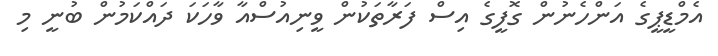
އެމްޑީޕީގެ އަންހެނުން ގޮފީގެ އިސް ފަރާތަކުން ވީނިއުސްއާ ވާހަކަ ދައްކަމުން ބުނީ މި